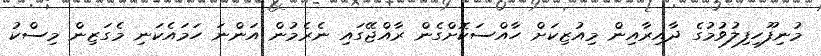
މުނިފޫހިފިލުވުމުގެ ދާއިރާއިން މިއުޒިކަށް ހާއްސަކޮށްގެން ރާއްޖޭގައި ނެރެމުން އަންނަ ހަމައެކަނި މެގަޒިން މިސްކު